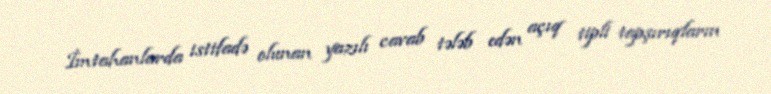
İmtahanlarda istifadə olunan yazılı cavab tələb edən açıq tipli tapşırıqların